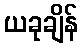
ယခုချိန်